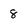
Character: 8